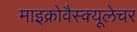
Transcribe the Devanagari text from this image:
माइक्रोवैस्क्यूलेचर